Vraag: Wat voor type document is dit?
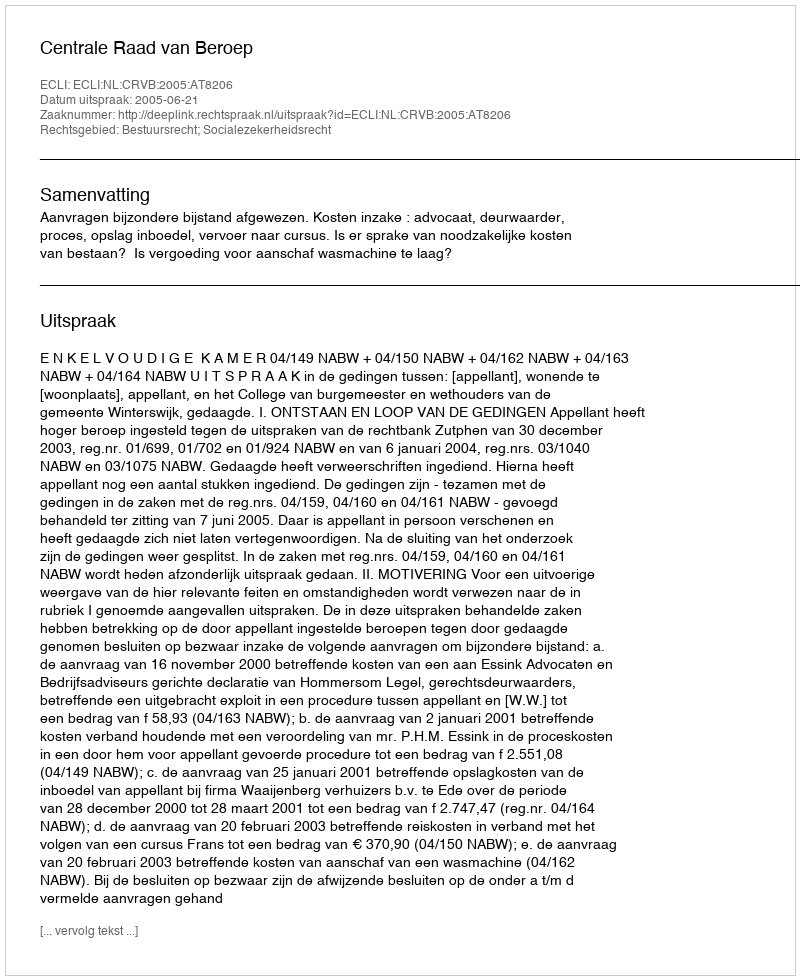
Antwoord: Uitspraak